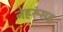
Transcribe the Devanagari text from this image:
नेहरूंसह